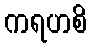
ကရဟစိ